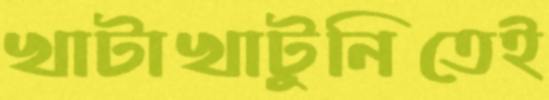
খাটাখাটুনিতেই